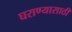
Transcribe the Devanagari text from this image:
घराण्यासाठी